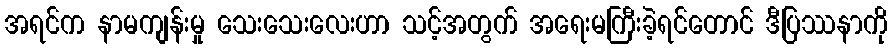
အရင်က နာမကျန်းမှု သေးသေးလေးဟာ သင့်အတွက် အရေးမကြီးခဲ့ရင်တောင် ဒီပြဿနာကို